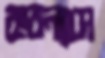
করন্যাস